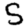
Digit: 5